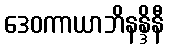
ဒေဝကာယာဘိနန္ဒိနီ